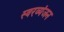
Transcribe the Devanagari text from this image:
स्वरव्यंजन